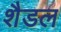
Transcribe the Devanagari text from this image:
शैडल